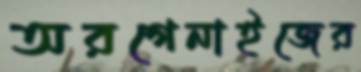
অরগেনাইজের